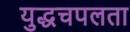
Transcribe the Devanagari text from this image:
युद्धचपलता